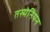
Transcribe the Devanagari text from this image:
तस्मेनियन